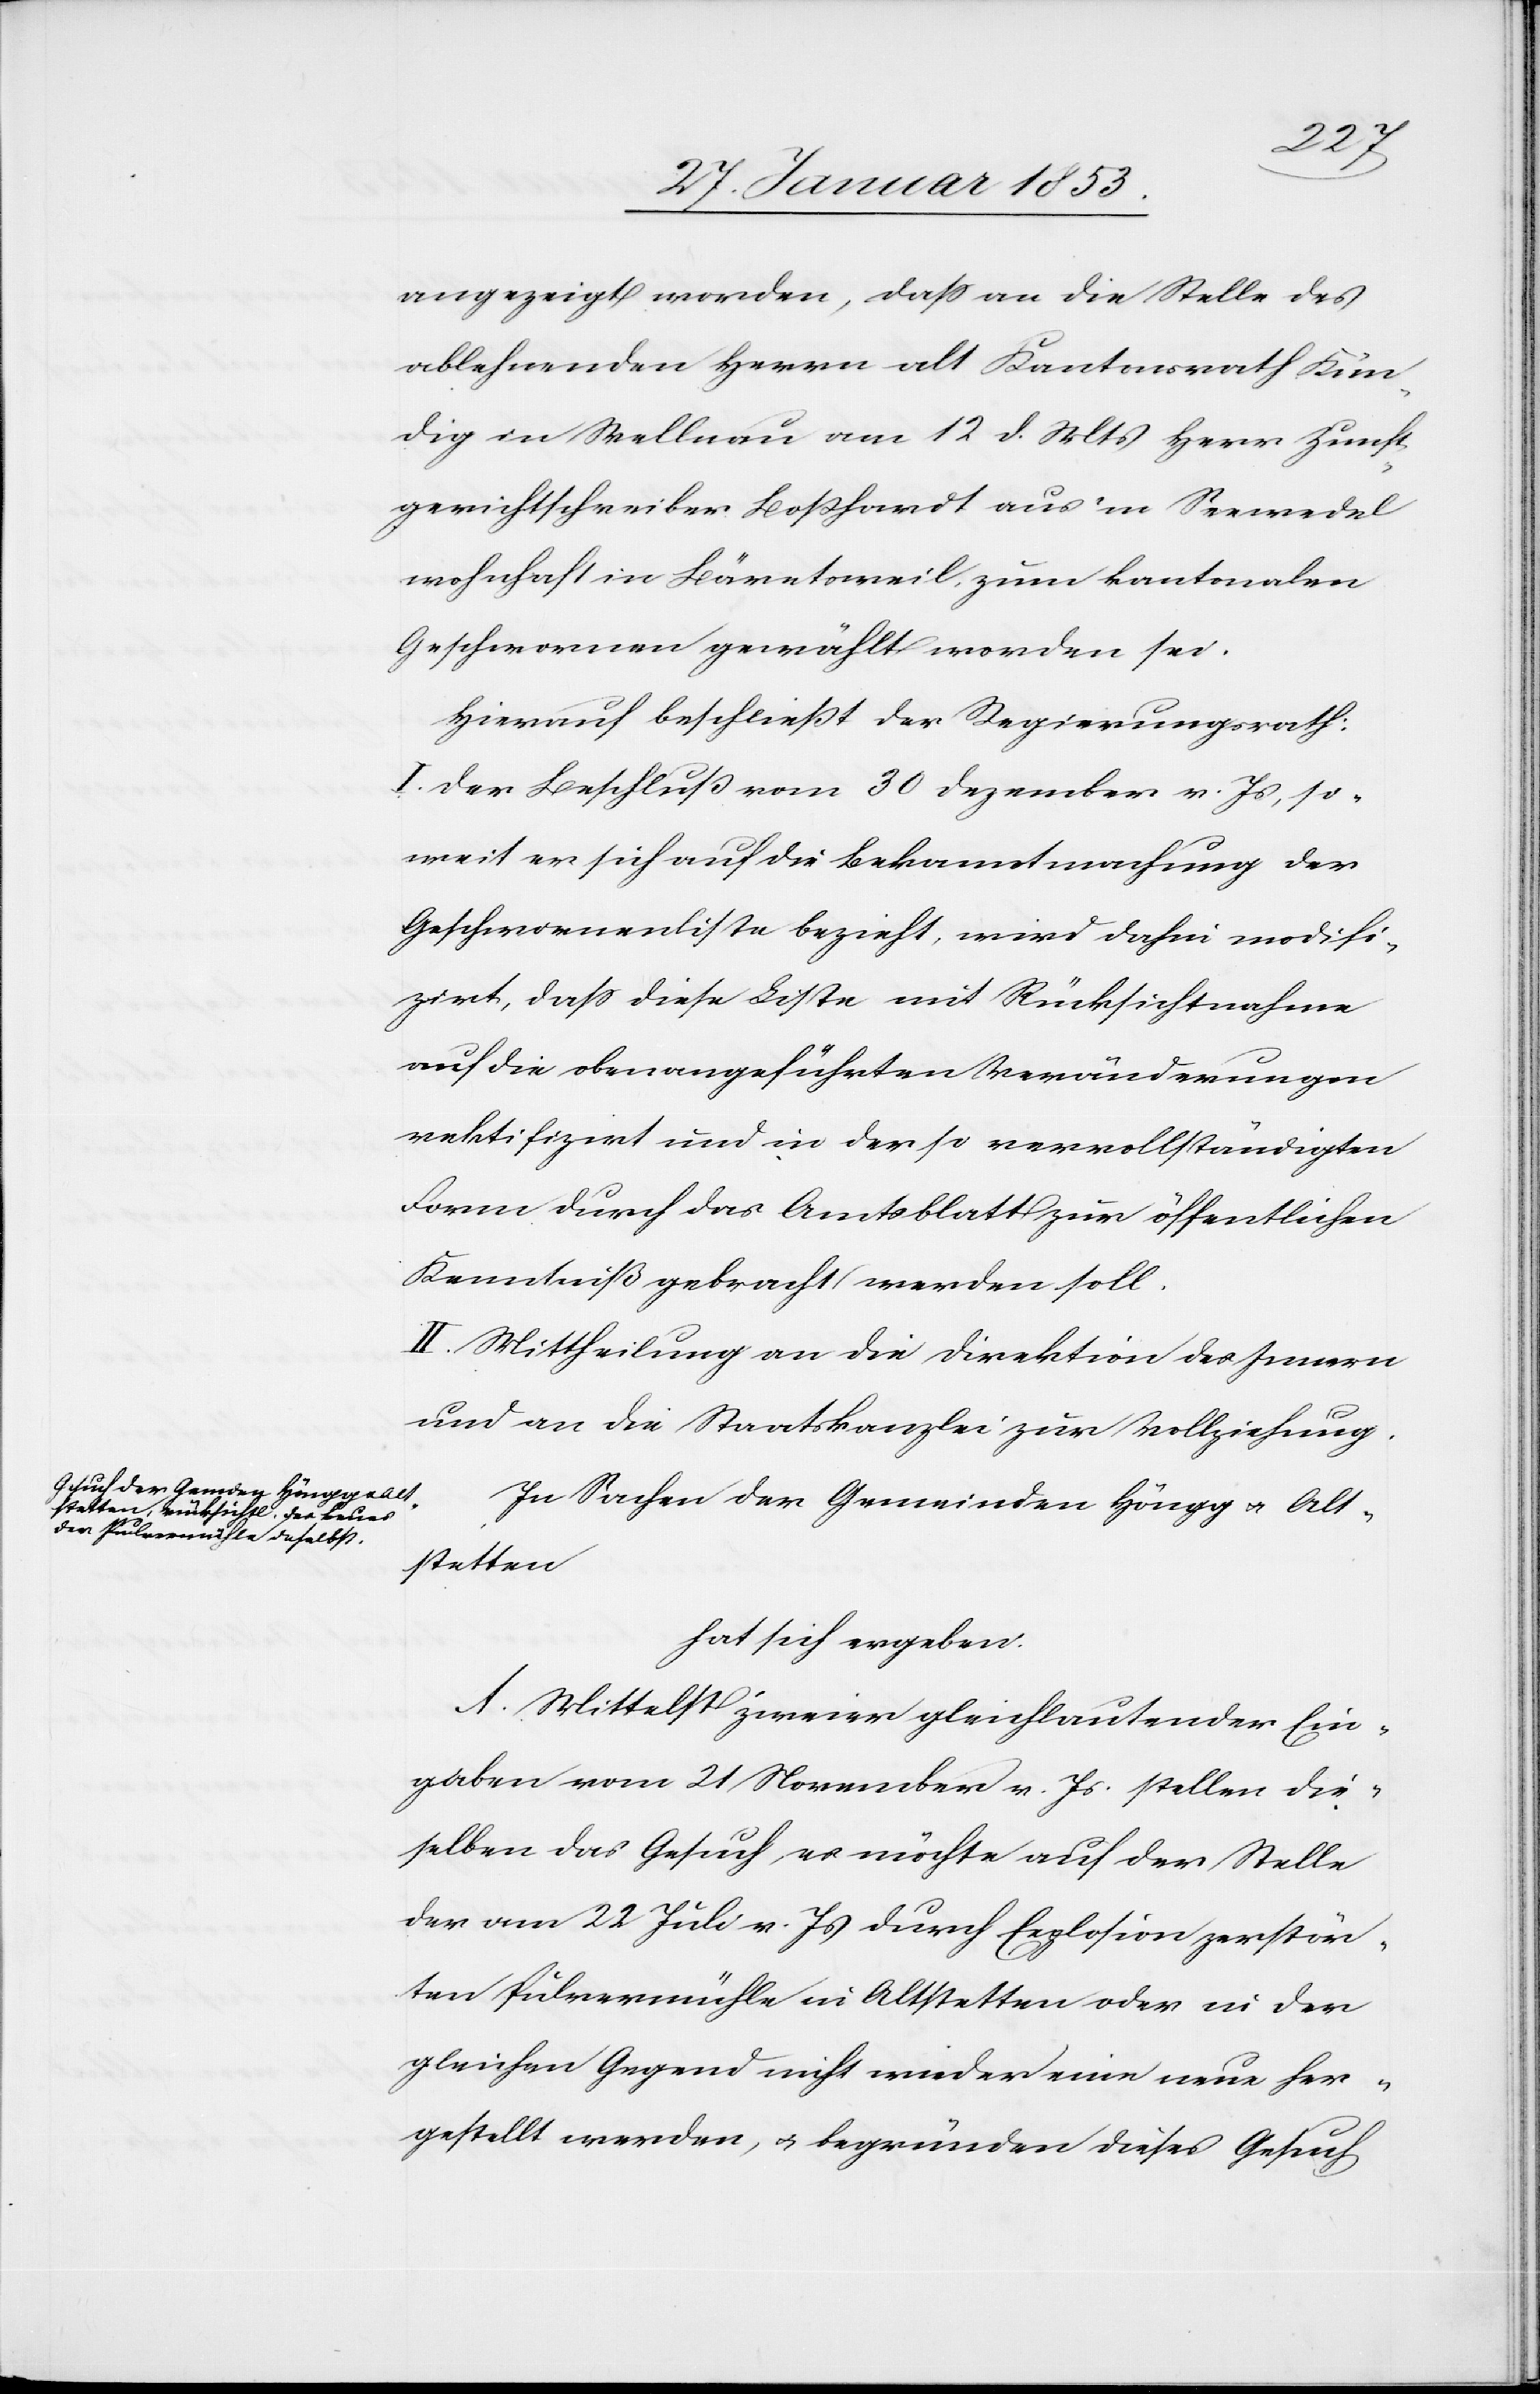
angezeigt worden, daß an die Stelle des
ablehnenden Herrn alt Kantonsrath Kin¬
dig in Wellnau am 12 d. Mts. Herr Zunft¬
gerichtsschreiber Boßhardt aus’m Seewedel
wohnhaft in Bäretsweil zum kantonalen
Geschworenen gewählt worden sei.
Hiernach beschließt der Regierungsrath.
I. Der Beschluß vom 30 Dezember v. Js., so¬
weit er sich auf die Bekanntmachung der
Geschworenenliste bezieht, wird dahin modifi¬
zirt, daß die Liste mit Rücksichtnahme
auf die angeführten Veränderungen
rektifizirt [sic!] und in der so vervollständigten
Form durch das Amtsblatt zur öffentlichen
Kenntniß gebracht werden soll.
II. Mittheilung an die Direktion des Innern
und an die Staatskanzlei zur Vollziehung.
In Sachen der Gemeinde Höngg u. Alt¬
stetten
hat sich ergeben.
Mittelst zweier gleichlautender Ein¬
gaben vom 21 November v. Js. stellen die¬
selben das Gesuch es möchte auf der Stelle
der am 22 Juli v. Js. durch Explosion zerstör¬
ten Pulvermühle in Altstetten oder in der
gleichen Gegend nicht wieder eine neue her¬
gestellt werden, u. begründen dieses Gesuch